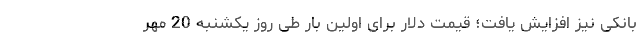
بانکی نیز افزایش یافت؛ قیمت دلار برای اولین بار طی روز یکشنبه 20 مهر